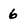
Character: 6